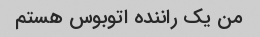
من یک راننده اتوبوس هستم